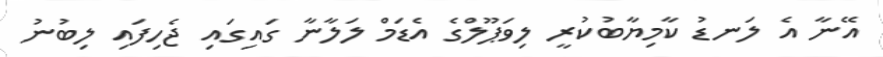
އޭނާ އެ ލަނޑު ކާމިޔާބުކުރީ ލިވަޕޫލްގެ އެޑަމް ލަލާނާ ގައިގައި ޖެހިފައި ލިބުނު